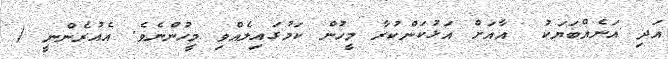
އަދި އަނެއްބަޔަކު  އާއަށް އަޅުކަންކުރާ މީހުން ކަމުގައިލެއްވި މީހުންނެވެ. އެއުރެންނީ (